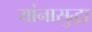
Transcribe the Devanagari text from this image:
यांनासुद्धा